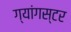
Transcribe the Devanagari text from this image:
ग्यांगस्टर